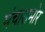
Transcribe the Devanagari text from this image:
मंचासमोर